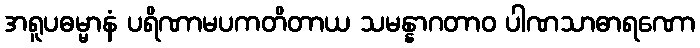
အရူပဓမ္မာနံ ပရိဏာမပကတိတာယ သမန္နာဂတာဝ ပါဏသာဓာရဏော